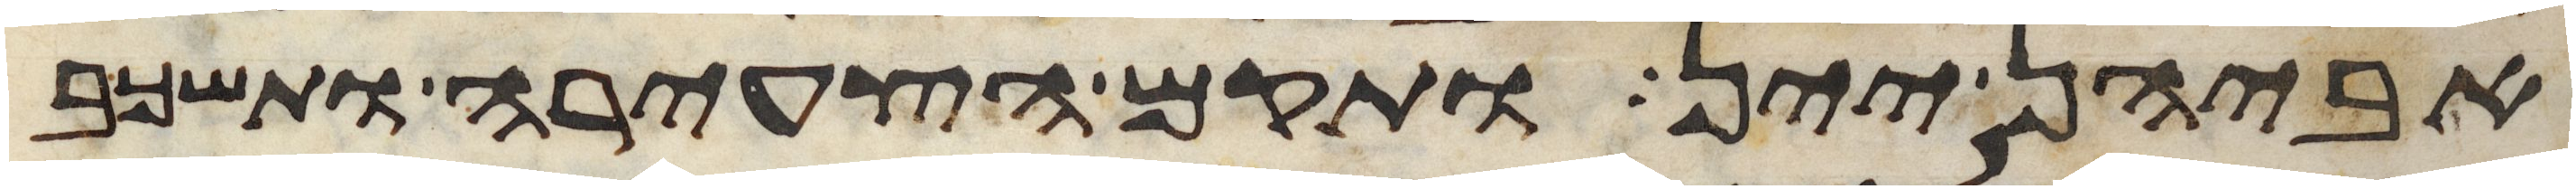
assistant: אביהן יין ותקם הצעירה ותשכב